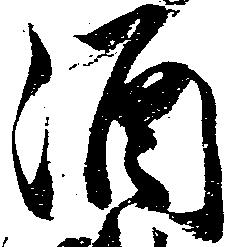
酒